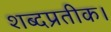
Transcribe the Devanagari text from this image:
शब्दप्रतीक।